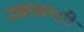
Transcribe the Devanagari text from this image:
उल्लासभरी